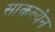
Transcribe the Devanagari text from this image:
साकल्येन